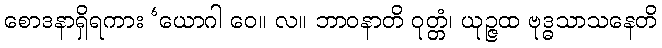
စောဒနာရှိရကား ‘ယောဂါ ဝေ။ လ။ ဘာဝနာတိ ဝုတ္တံ၊ ယုဉ္ဇထ ဗုဒ္ဓသာသနေတိ